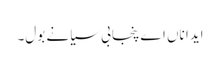
ایدا ناں اے پنجابی سیانے بول۔